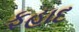
ફહાદ